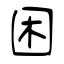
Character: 困